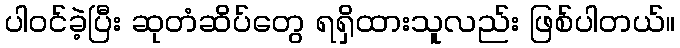
ပါဝင်ခဲ့ပြီး ဆုတံဆိပ်တွေ ရရှိထားသူလည်း ဖြစ်ပါတယ်။